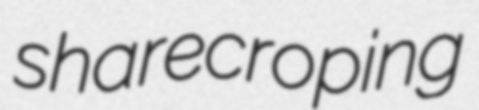
sharecroping